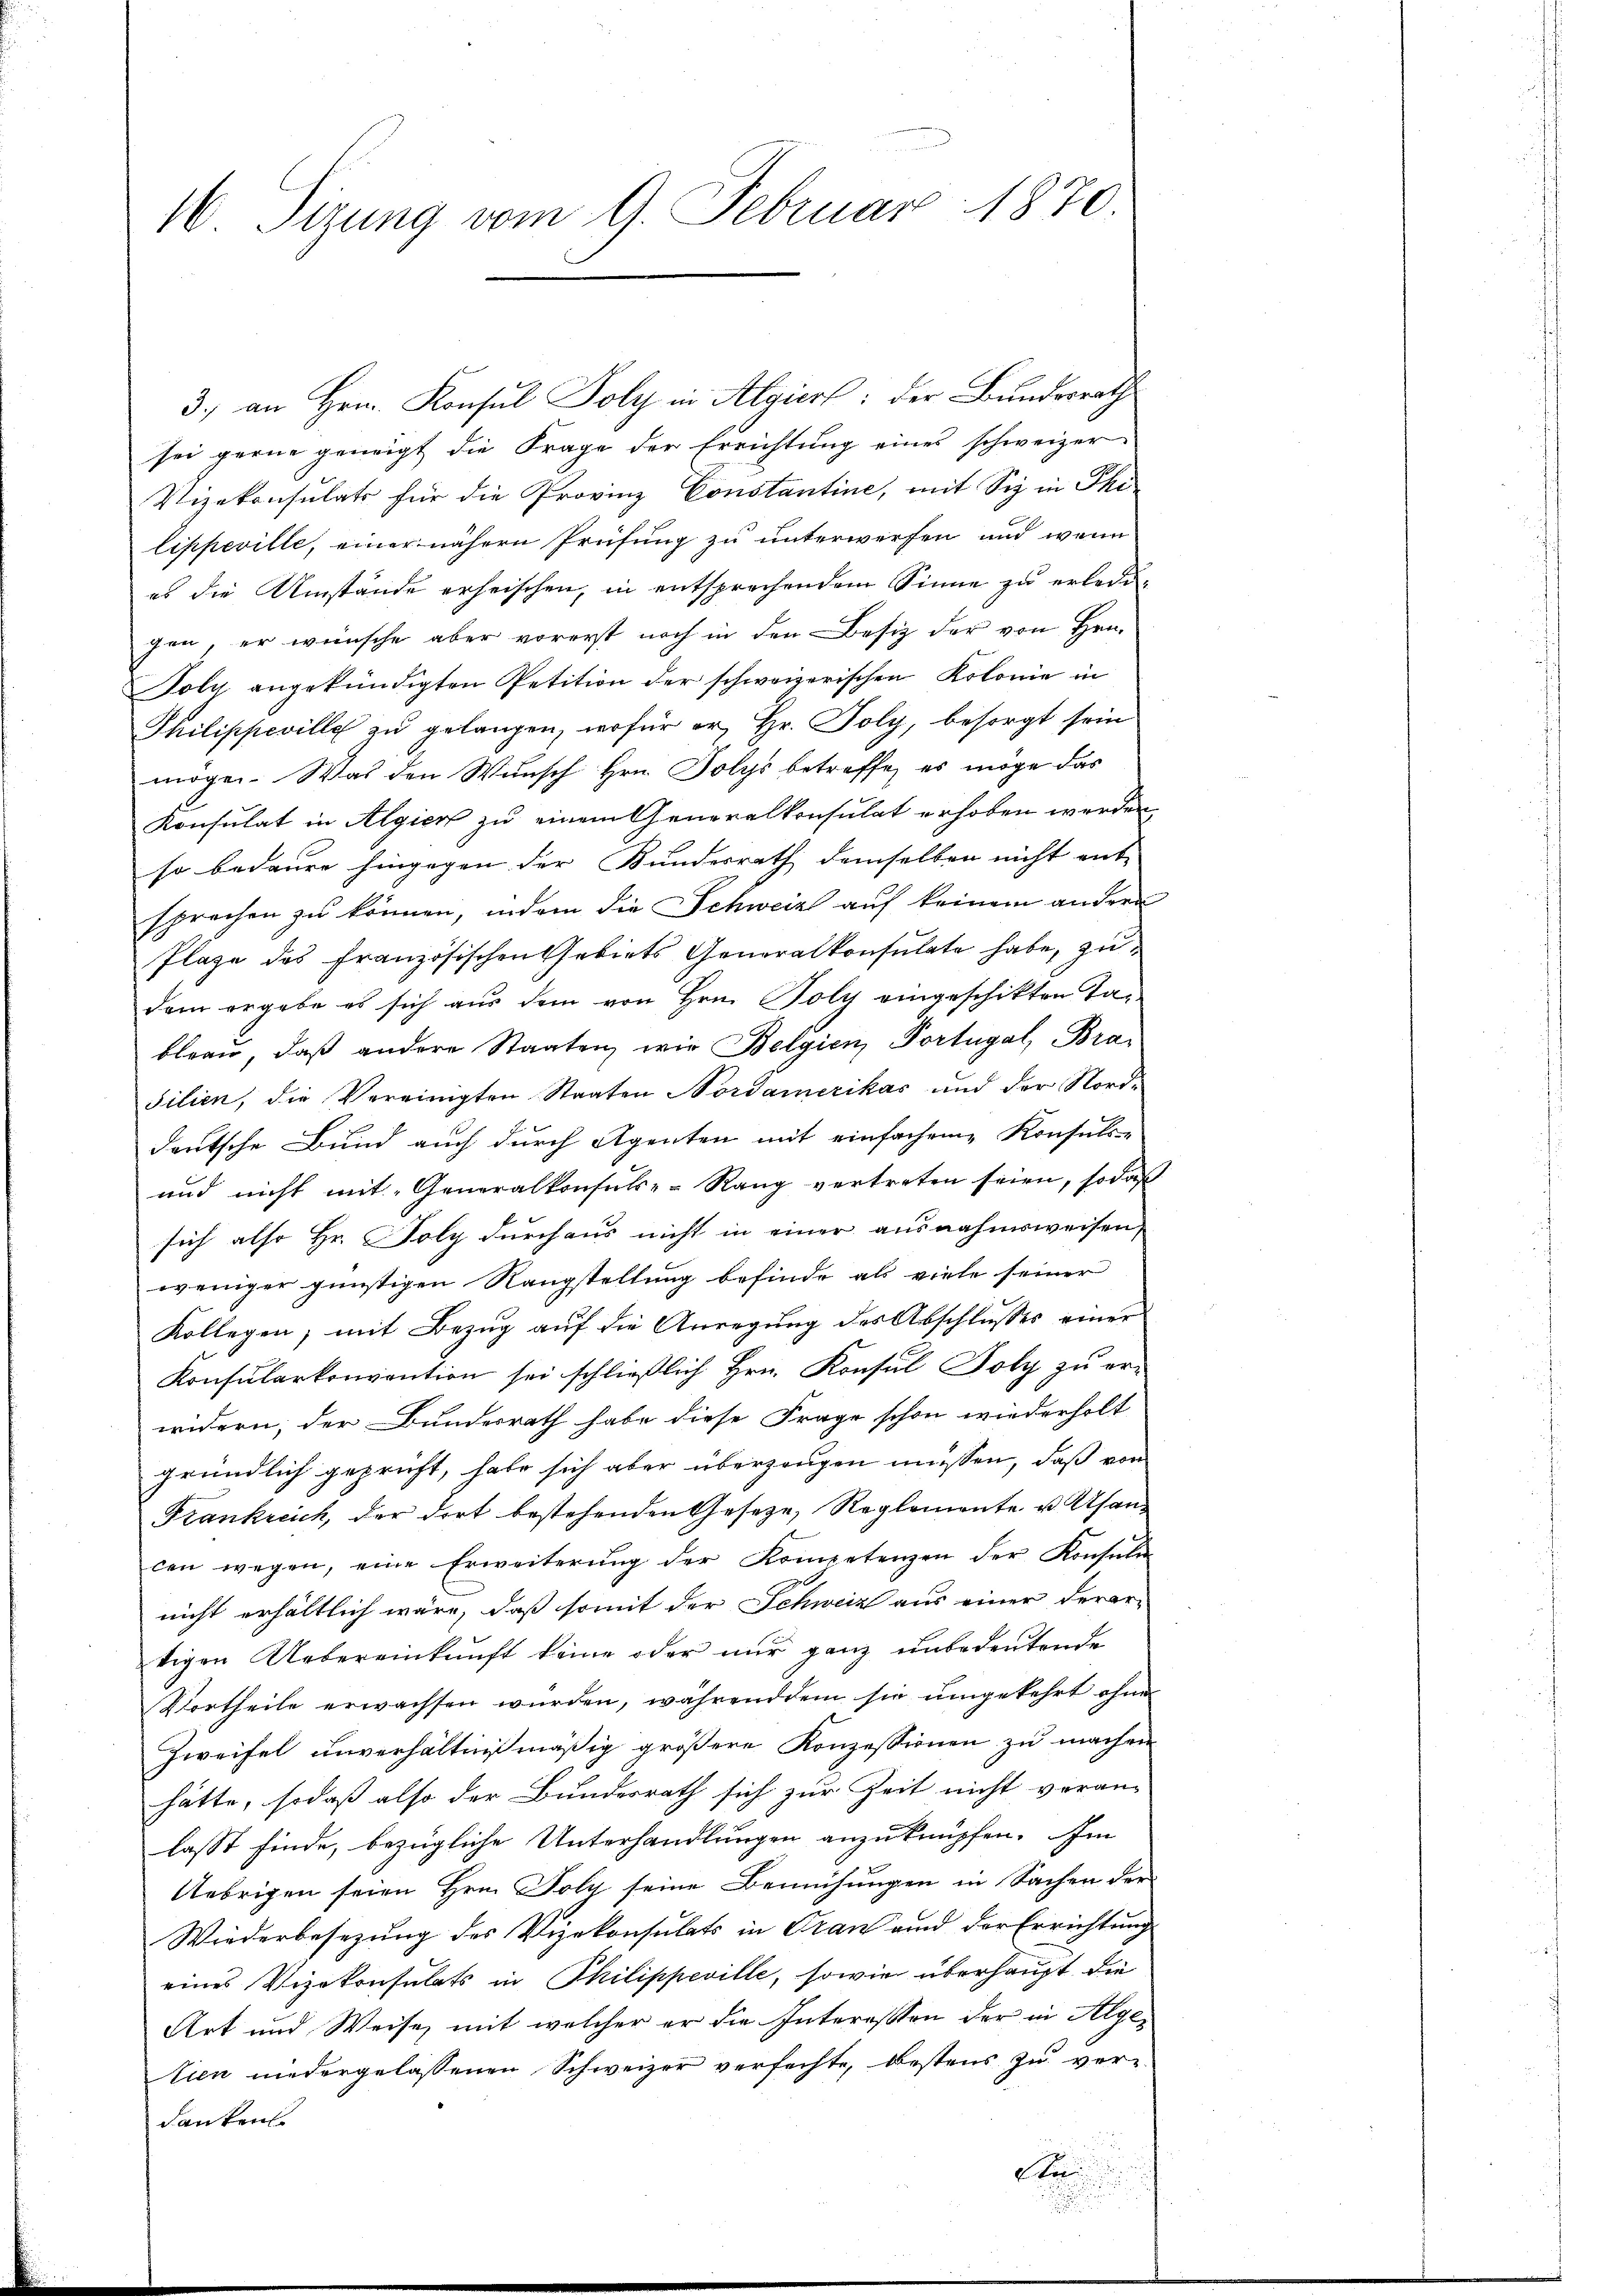
16. Sizung vom 9. Februar 1870

3. an Hrn. Konsul Poly in Algiert: der Bundesrath
sei gerne geneigt die Frage der Errichtung eines schweizer
Vizekonsulats für die Provinz Constantine, mit Siz in The
lippeville, einer nähern Prüfung zu unterwerfen und wenn
es die Umstände erheischen, in entsprechendem Sinne zu erledigen, er wünsche aber vorerst noch in den Besiz der von Hrn.
Toln angekündigten Petition der schweizerischen Kolonie in
Philippeville zu gelangen, wofür er, Hr. Poly, besorgt sein
mögen. Was den Wunsch Hrn. Polys betreffe, es möge das
Konsulat in Algier zu einem Generalkonsulat erhoben werden,
so bedaure hingegen der Bundesrath demselben nicht ent-
sprochen zu können, indem die Schweiz auf keinem andern
Plaze des französischen Gebiets Generalkonsulate habe, zudem ergabe es sich aus dem von Hrn. Poly eingeschikten Tableau, daß andere Staaten wir Belgien Portugal, Brasilien, die Vereinigten Staaten Nordamerikas und der Norddeutsche Bund auch durch Agenten mit einfachene Konsuls
und nicht mit Generalkonsuls-Rang vertreten seien, sodaß
sich also Hr. Foly durchaus nicht in einer ausnahmsweisen,
weniger günstigen Rangstellung befinde als viele seiner
Kollegen; mit Bezug auf die Anregung des Abschlusses einer
Konsularkonvention sei schließlich Hrn. Konsul Foly zu er-
widern; der Bundesrath habe diese Frage schon wiederholt
gründlich geprüft, habe sich aber überzeugen müssen, daß von
Frankreich, der dort bestehenden Gesetze, Reglemente u. Usancen wegen, eine Erweiterung der Kompetenzen der Konsule
nicht erhältlich wäre, daß somit der Schweiz aus einer derar-
tigen Uebereinkunft keine oder nŭr ganz unbedeŭtende
Vortheile erwachsen wurden, währenddem sie umgekehrt ohne
Zweifel unverhältnißmäßig größere Konzessionen zu machen
hätte, sodaß also der Bundesrath sich zur Zeit nicht veran-
lasst finde, bezügliche Unterhandlungen anzuknüpfen. Im
Uebrigen seien Hrn. Poly seine Bemühungen in Sachen der
Wiederbesezung des Vizekonsulats in Gran und der Errichtung
eines Vizekonsulats in Philippeville, sowie überhaupt die
Art und Weise, mit welcher er die Interessen der in Algetien niedergelassenen Schweizer verfachte, bestens zu ver-
danken

Sten